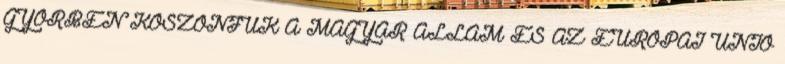
GYŐRBEN KÖSZÖNJÜK A MAGYAR ÁLLAM ÉS AZ EURÓPAI UNIÓ